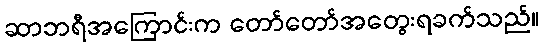
ဆာဘရီအကြောင်းက တော်တော်အတွေးရခက်သည်။